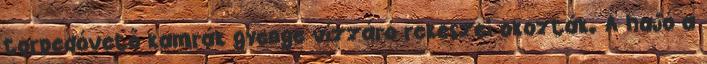
torpedóvető kamrák gyenge vízzáró rekeszei okozták. A hajó a